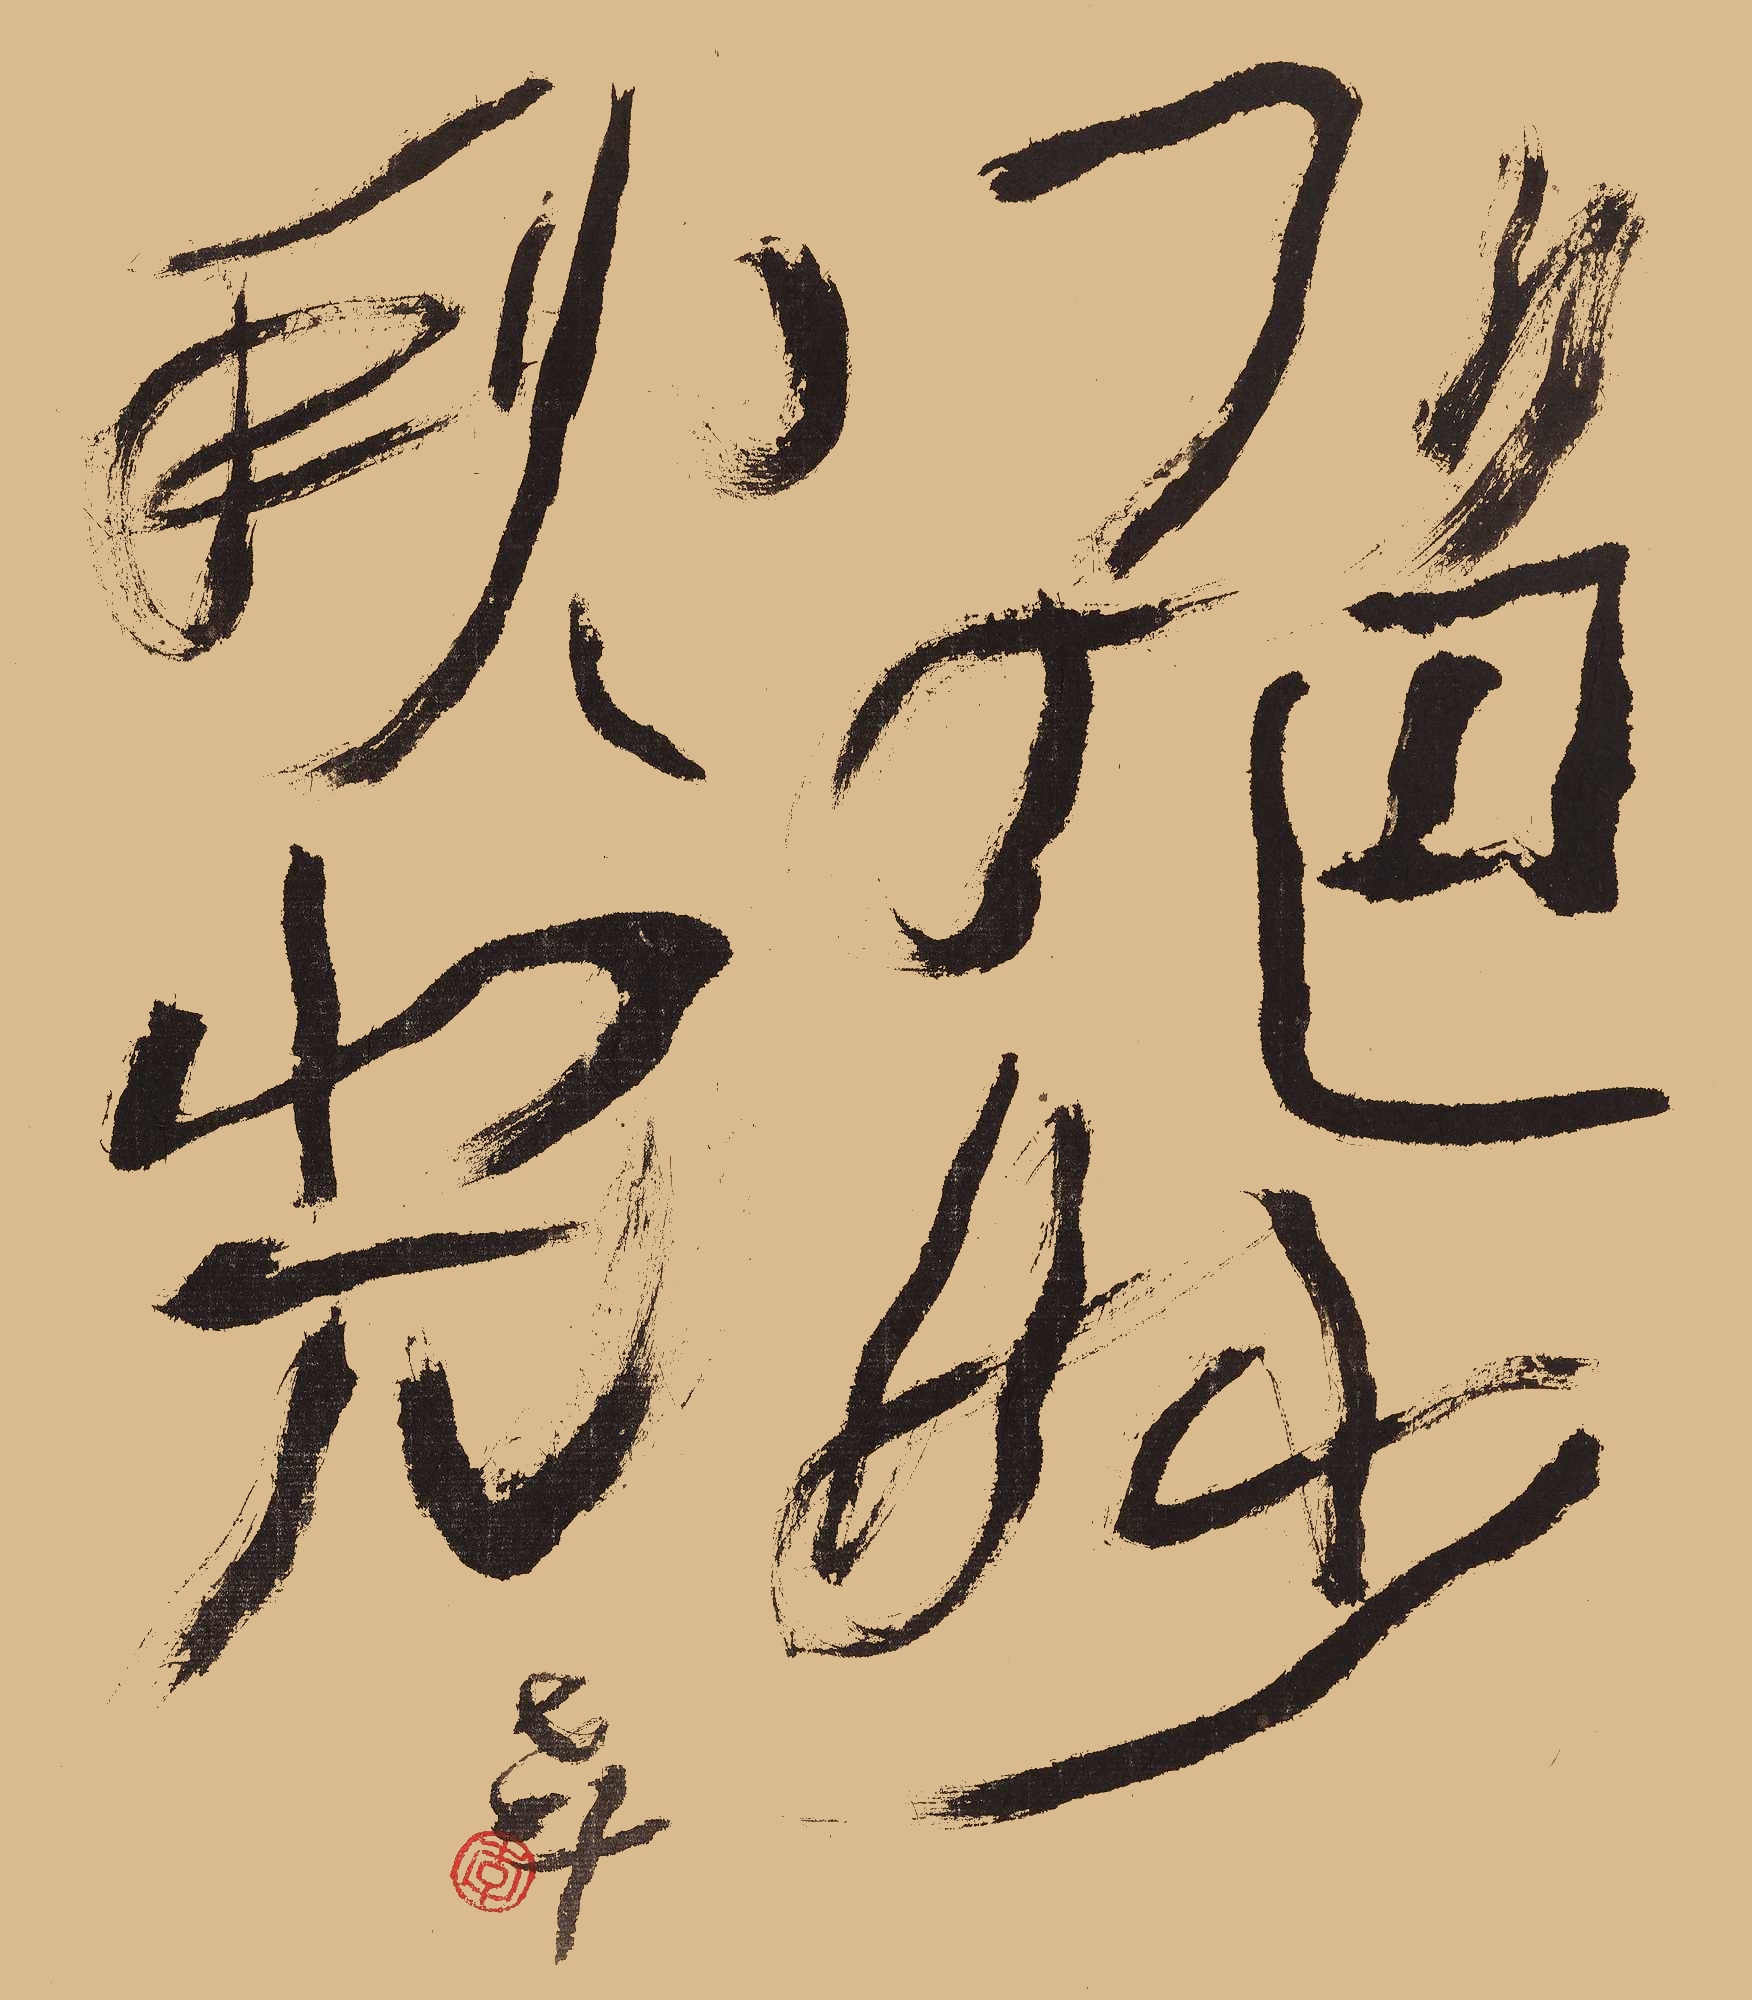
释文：绝妙秋光。老十。